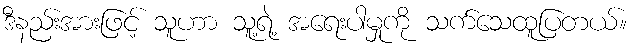
ဒီနည်းအားဖြင့် သူဟာ သူ့ရဲ့ အရေးပါမှုကို သက်သေထူပြတယ်။